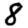
Digit: 8